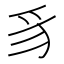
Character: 豸